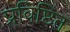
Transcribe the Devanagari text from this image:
प्रविष्टित